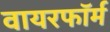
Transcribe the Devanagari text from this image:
वायरफॉर्म